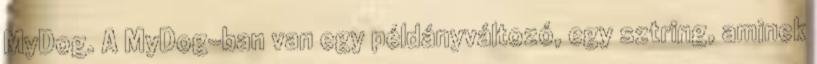
MyDog. A MyDog-ban van egy példányváltozó, egy sztring, aminek